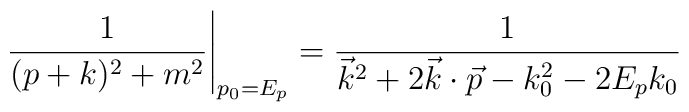
\left.{1\over (p+k)^{2} + m^{2}}\right|_{p_{0}= E_{p}} = {1\over\vec{k}^{2}+2\vec{k}\cdot \vec{p} - k_{0}^{2} - 2E_{p}k_{0}}